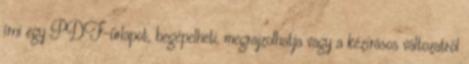
írni egy PDF-űrlapot, begépelheti, megrajzolhatja vagy a kézírásos változatról